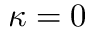
\kappa = 0